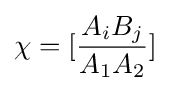
\chi =[{\frac {A_{i}B_{j}}{A_{1}A_{2}}}]